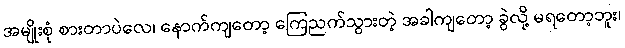
အမျိုးစုံ စားတာပဲလေ၊ နောက်ကျတော့ ကြေညက်သွားတဲ့ အခါကျတော့ ခွဲလို့ မရတော့ဘူး၊